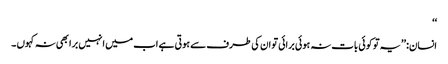
‘‘
انسان: ’’یہ تو کوئی بات نہ ہوئی برائی تو ان کی طرف سے ہوتی ہے اب میں انہیں برا بھی نہ کہوں ۔